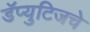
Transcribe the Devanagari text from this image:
डॅप्युटिजचे